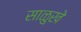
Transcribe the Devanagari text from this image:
साळुखे